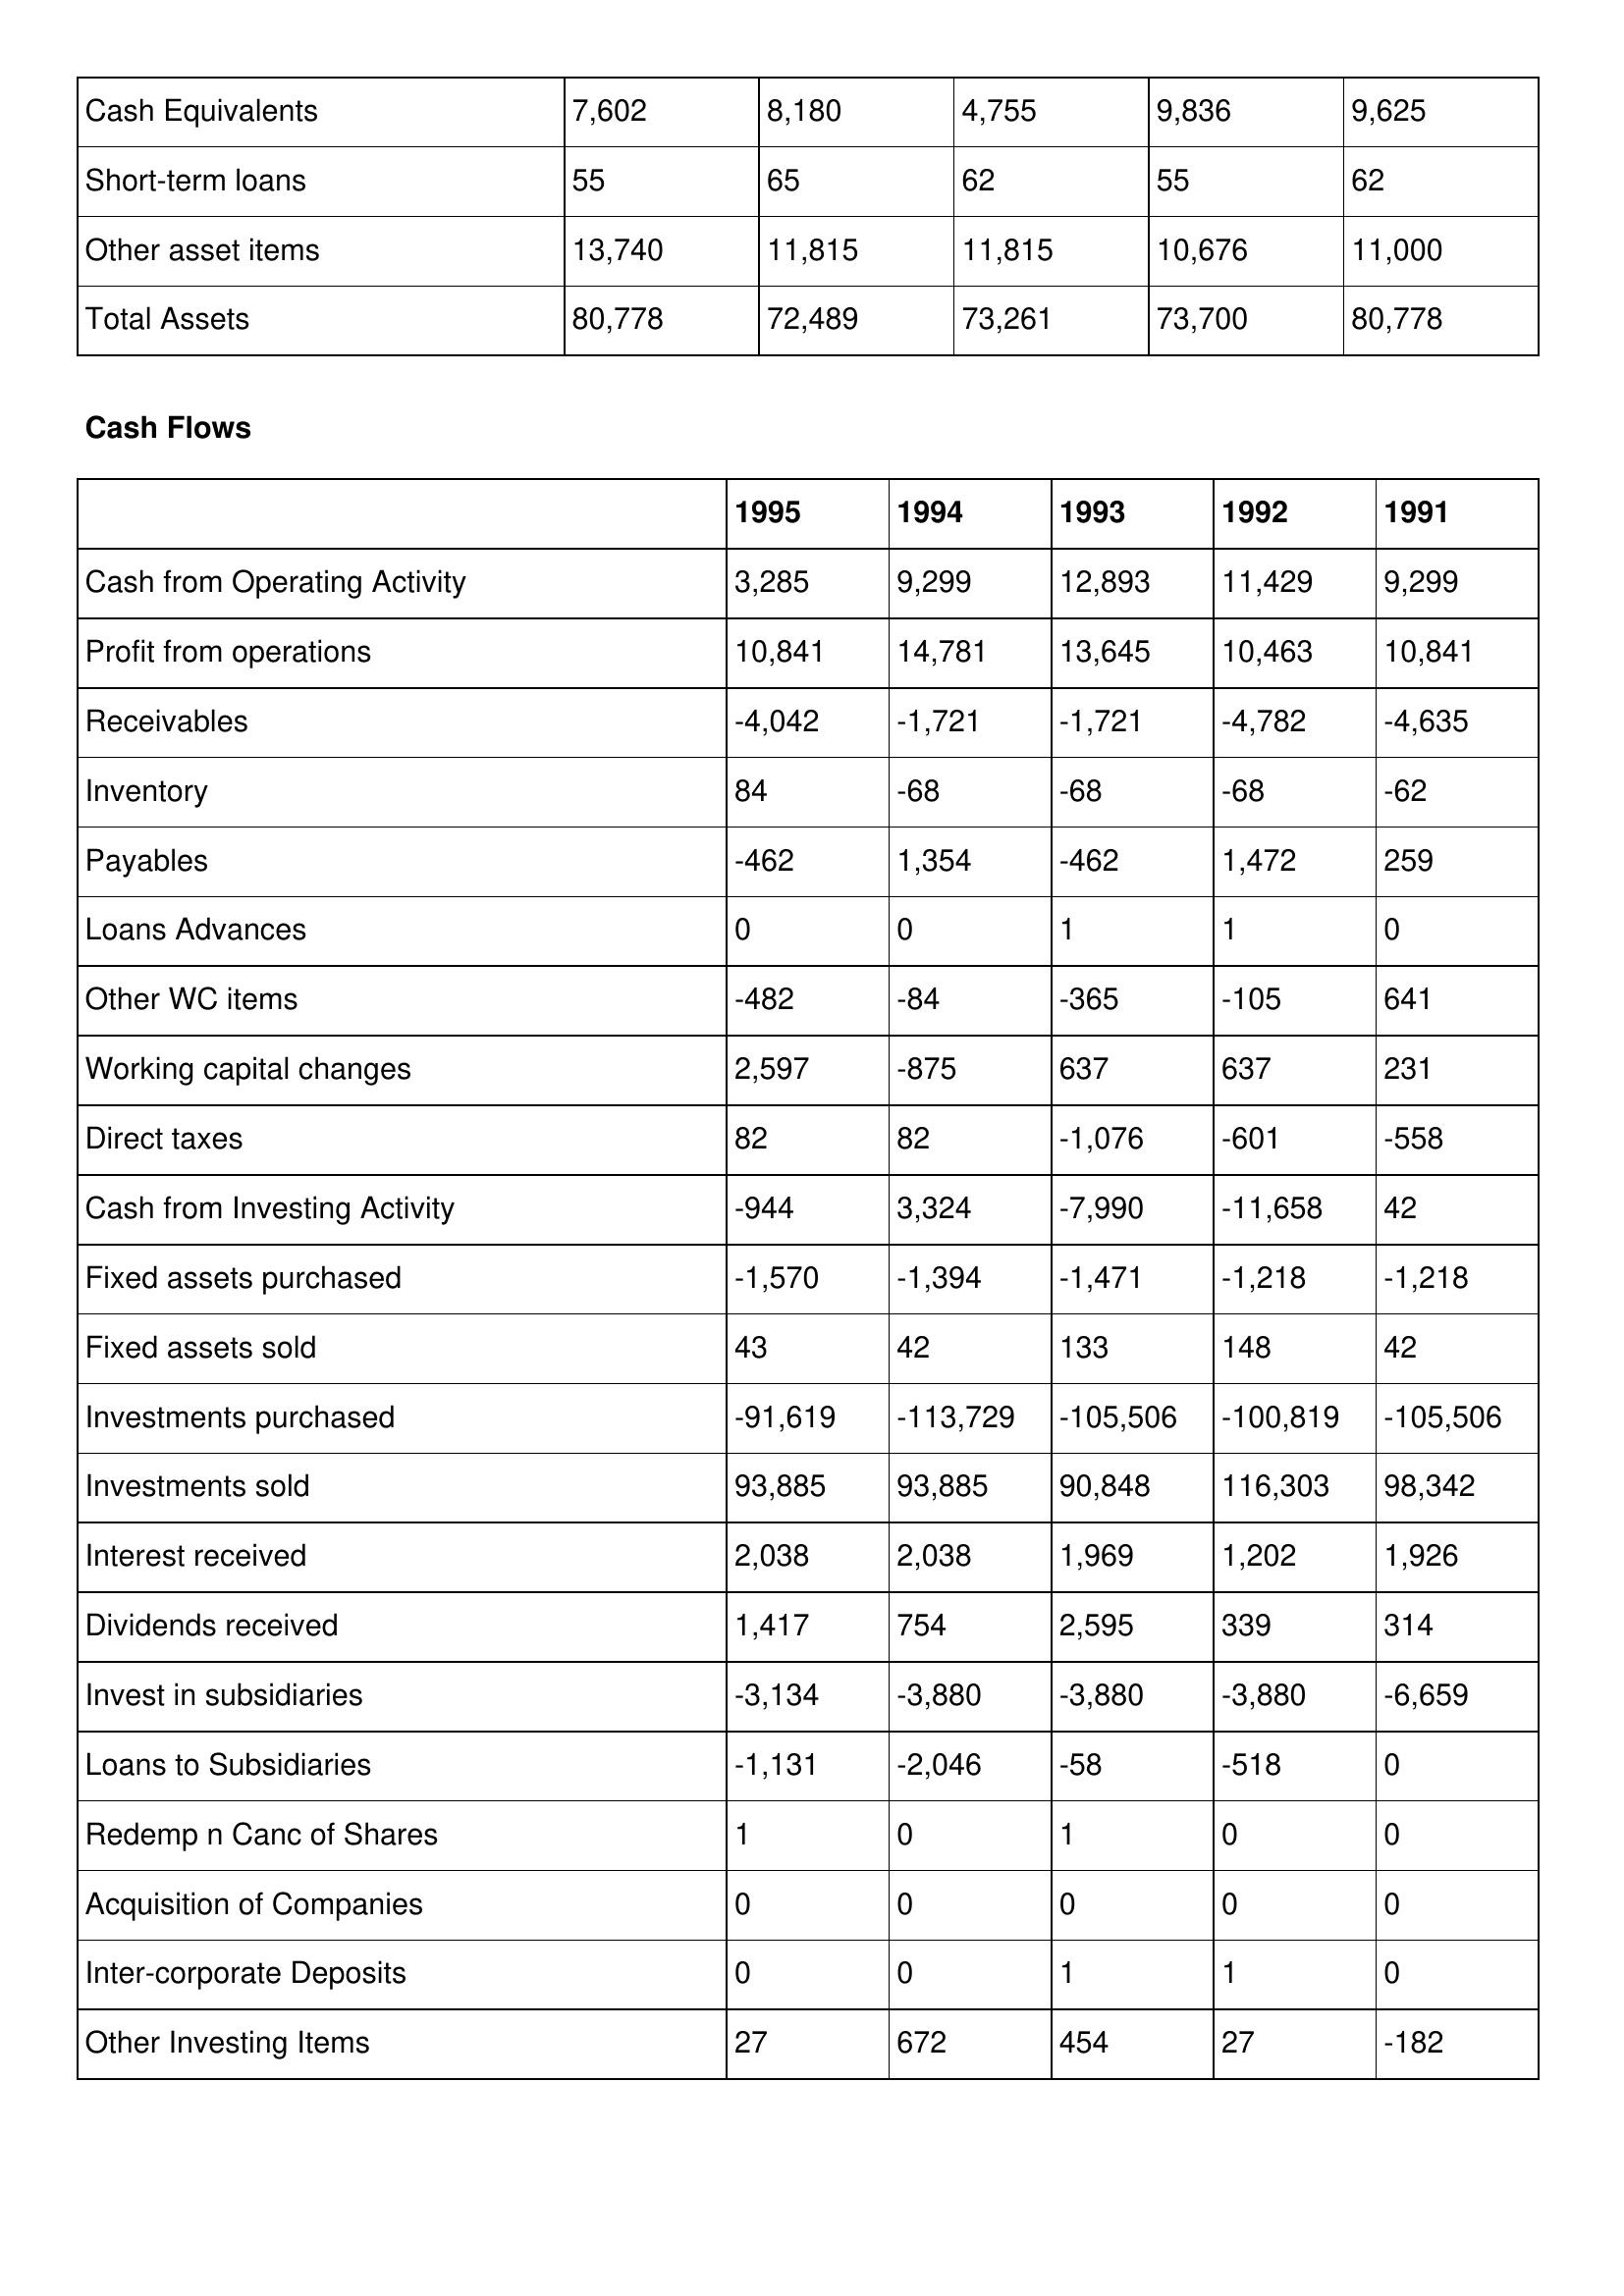
gt_parse: 1995: Balance Sheet: Cash Equivalents: 7,602
Short-term loans: 55
Other asset items: 13,740
Total Assets: 80,778
Cash Flows: Cash from Operating Activity: 3,285
Profit from operations: 10,841
Receivables: -4,042
Inventory: 84
Payables: -462
Loans Advances: 0
Other WC items: -482
Working capital changes: 2,597
Direct taxes: 82
Cash from Investing Activity: -944
Fixed assets purchased: -1,570
Fixed assets sold: 43
Investments purchased: -91,619
Investments sold: 93,885
Interest received: 2,038
Dividends received: 1,417
Invest in subsidiaries: -3,134
Loans to Subsidiaries: -1,131
Redemp n Canc of Shares: 1
Acquisition of Companies: 0
Inter-corporate Deposits: 0
Other Investing Items: 27
1994: Balance Sheet: Cash Equivalents: 8,180
Short-term loans: 65
Other asset items: 11,815
Total Assets: 72,489
Cash Flows: Cash from Operating Activity: 9,299
Profit from operations: 14,781
Receivables: -1,721
Inventory: -68
Payables: 1,354
Loans Advances: 0
Other WC items: -84
Working capital changes: -875
Direct taxes: 82
Cash from Investing Activity: 3,324
Fixed assets purchased: -1,394
Fixed assets sold: 42
Investments purchased: -113,729
Investments sold: 93,885
Interest received: 2,038
Dividends received: 754
Invest in subsidiaries: -3,880
Loans to Subsidiaries: -2,046
Redemp n Canc of Shares: 0
Acquisition of Companies: 0
Inter-corporate Deposits: 0
Other Investing Items: 672
1993: Balance Sheet: Cash Equivalents: 4,755
Short-term loans: 62
Other asset items: 11,815
Total Assets: 73,261
Cash Flows: Cash from Operating Activity: 12,893
Profit from operations: 13,645
Receivables: -1,721
Inventory: -68
Payables: -462
Loans Advances: 1
Other WC items: -365
Working capital changes: 637
Direct taxes: -1,076
Cash from Investing Activity: -7,990
Fixed assets purchased: -1,471
Fixed assets sold: 133
Investments purchased: -105,506
Investments sold: 90,848
Interest received: 1,969
Dividends received: 2,595
Invest in subsidiaries: -3,880
Loans to Subsidiaries: -58
Redemp n Canc of Shares: 1
Acquisition of Companies: 0
Inter-corporate Deposits: 1
Other Investing Items: 454
1992: Balance Sheet: Cash Equivalents: 9,836
Short-term loans: 55
Other asset items: 10,676
Total Assets: 73,700
Cash Flows: Cash from Operating Activity: 11,429
Profit from operations: 10,463
Receivables: -4,782
Inventory: -68
Payables: 1,472
Loans Advances: 1
Other WC items: -105
Working capital changes: 637
Direct taxes: -601
Cash from Investing Activity: -11,658
Fixed assets purchased: -1,218
Fixed assets sold: 148
Investments purchased: -100,819
Investments sold: 116,303
Interest received: 1,202
Dividends received: 339
Invest in subsidiaries: -3,880
Loans to Subsidiaries: -518
Redemp n Canc of Shares: 0
Acquisition of Companies: 0
Inter-corporate Deposits: 1
Other Investing Items: 27
1991: Balance Sheet: Cash Equivalents: 9,625
Short-term loans: 62
Other asset items: 11,000
Total Assets: 80,778
Cash Flows: Cash from Operating Activity: 9,299
Profit from operations: 10,841
Receivables: -4,635
Inventory: -62
Payables: 259
Loans Advances: 0
Other WC items: 641
Working capital changes: 231
Direct taxes: -558
Cash from Investing Activity: 42
Fixed assets purchased: -1,218
Fixed assets sold: 42
Investments purchased: -105,506
Investments sold: 98,342
Interest received: 1,926
Dividends received: 314
Invest in subsidiaries: -6,659
Loans to Subsidiaries: 0
Redemp n Canc of Shares: 0
Acquisition of Companies: 0
Inter-corporate Deposits: 0
Other Investing Items: -182